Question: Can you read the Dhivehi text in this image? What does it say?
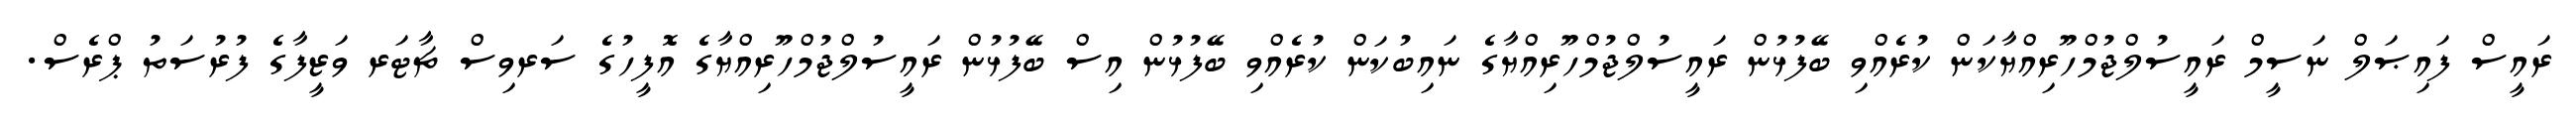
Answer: ރައީސް ފައިޞަލް ނަސީމް ރައީސުލްޖުމްހޫރިއްޔާކަން ކުރެއްވި ބޭފުޅުން ރައީސުލްޖުމްހޫރިއްޔާގެ ނައިބުކަން ކުރެއްވި ބޭފުޅުން އިސް ބޭފުޅުން ރައީސުލްޖުމްހޫރިއްޔާގެ އޮފީހުގެ ސަރވިސް ޗާޓަރ ވަޒީފާގެ ފުރުސަތު ޕްރެސް.